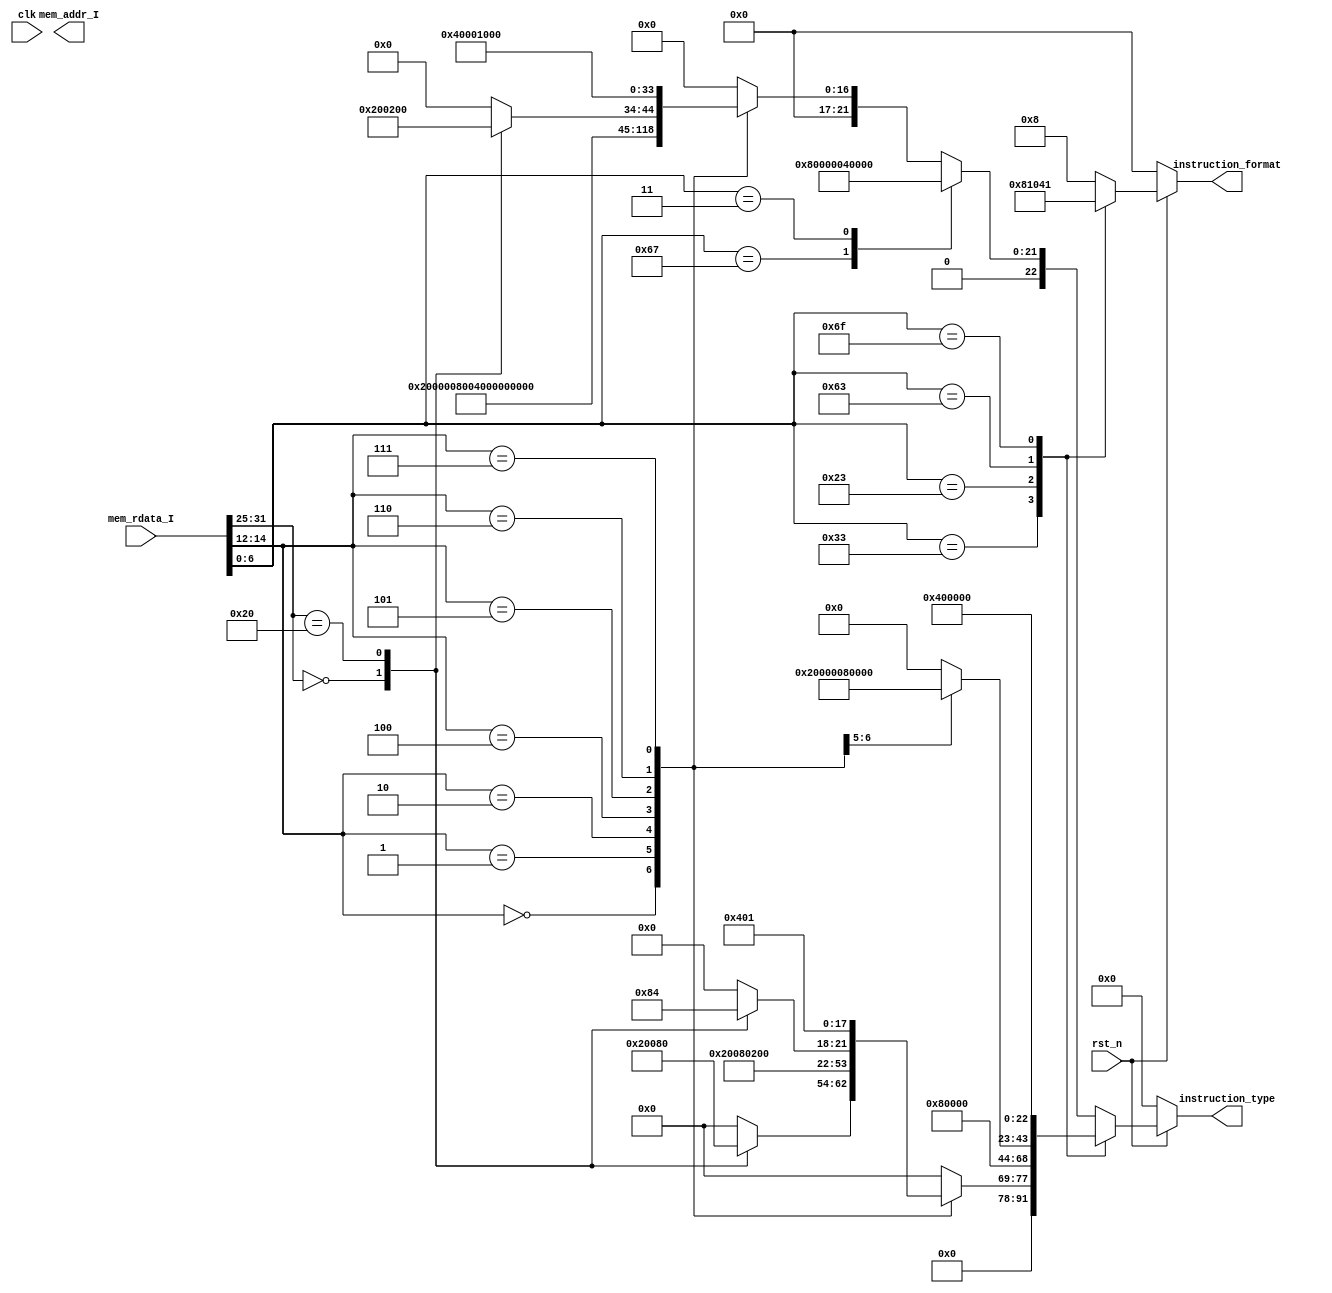
module HW3(clk,
            rst_n,
            // for mem_I
            mem_addr_I,
            mem_rdata_I,
			// for result output
			instruction_type,
			instruction_format,
			);

    input         clk, rst_n        	;
    output [31:2] mem_addr_I     		;
    input  [31:0] mem_rdata_I       	;
	output reg [22:0] instruction_type  ;
	output reg [ 4:0] instruction_format;

//combinatial part
always @(*) begin
	instruction_format = 'b0;
	instruction_type = 'b0;
	if (!rst_n) begin
		instruction_format = 'b0;
		instruction_type = 'b0;
	end
	else begin
		case(mem_rdata_I[6:0])
			// R type
			7'b0110011: begin
                instruction_format = 5'b10000;
                case(mem_rdata_I[14:12])
                    3'b000:
                        case(mem_rdata_I[31:25])
                            7'b0000000: instruction_type = {14'b0,1'b1,8'b0}; //ADD (15)
                            7'b0100000: instruction_type = {15'b0,1'b1,7'b0}; //SUB (16)
                            default: instruction_type = 'b0;
                        endcase
                    3'b001: instruction_type = {16'b0,1'b1,6'b0}; //SLL (17)
                    3'b010: instruction_type = {17'b0,1'b1,5'b0}; //SLT (18)
                    3'b100: instruction_type = {18'b0,1'b1,4'b0}; //XOR (19)
                    3'b101:
                        case(mem_rdata_I[31:25])
                            7'b0000000: instruction_type = {19'b0,1'b1,3'b0}; //XOR (20)
                            7'b0100000: instruction_type = {20'b0,1'b1,2'b0}; //SRL (21)
                            default: instruction_type = 'b0;
                        endcase
                    3'b110: instruction_type = {21'b0,1'b1,1'b0}; //OR (22)
                    3'b111: instruction_type = {22'b0,1'b1}; //AND (23)
                    default: instruction_type = 'b0;
				endcase
      		end
        	// S type
			7'b0100011: begin
        		instruction_format = 5'b00100;
            	instruction_type = {5'b0,1'b1,17'b0}; //sd (6)
			end
        	// B type
			7'b1100011: begin
            	instruction_format = 5'b00010;
            	case(mem_rdata_I[14:12])
            		3'b000:	instruction_type = {2'b0,1'b1,20'b0}; //BEQ (3)
           			3'b001:	instruction_type = {3'b0,1'b1,19'b0}; //BNE (4)
            	endcase
			end
      		// J type
			7'b1101111: begin
            	instruction_format = 5'b00001;
            	instruction_type = {1'b1,22'b0}; //jal (1)
			end
     		// I type
     		//(mem_rdata_I[6:0]==7'b0000011 || mem_rdata_I[6:0]==7'b0010011 || mem_rdata_I[6:0]==7'b1100111)
			default: begin
				instruction_format = 5'b01000;
        		//mem_rdata_I[31:25] = mem_rdata_I[31:25];
				case(mem_rdata_I[6:0])
					7'b1100111: instruction_type = {1'b0,1'b1,21'b0}; // JALR (2)
					7'b0000011: instruction_type = {4'b0,1'b1,18'b0}; // LD (5)
				default:
					case(mem_rdata_I[14:12])
						3'b000: instruction_type = {6'b0,1'b1,16'b0}; //ADDI (7)
						3'b001: instruction_type = {11'b0,1'b1,11'b0}; //SLLI (12)
						3'b010: instruction_type = {7'b0,1'b1,15'b0}; //SLTI (8)
						3'b100: instruction_type = {8'b0,1'b1,14'b0}; //XORI (9)
						3'b101:
							case(mem_rdata_I[31:25])
								7'b0000000: instruction_type = {12'b0,1'b1,10'b0}; //SRLI (13)
								7'b0100000: instruction_type = {13'b0,1'b1,9'b0}; //SRAI (14)
								default: instruction_type = 'b0;
							endcase
		  				3'b110: instruction_type = {9'b0,1'b1,13'b0}; //ORI (10)
						3'b111: instruction_type = {10'b0,1'b1,12'b0}; //ANDI (11)
						default: instruction_type = 'b0;
					endcase
				endcase
			end
		endcase
	end
end

endmodule